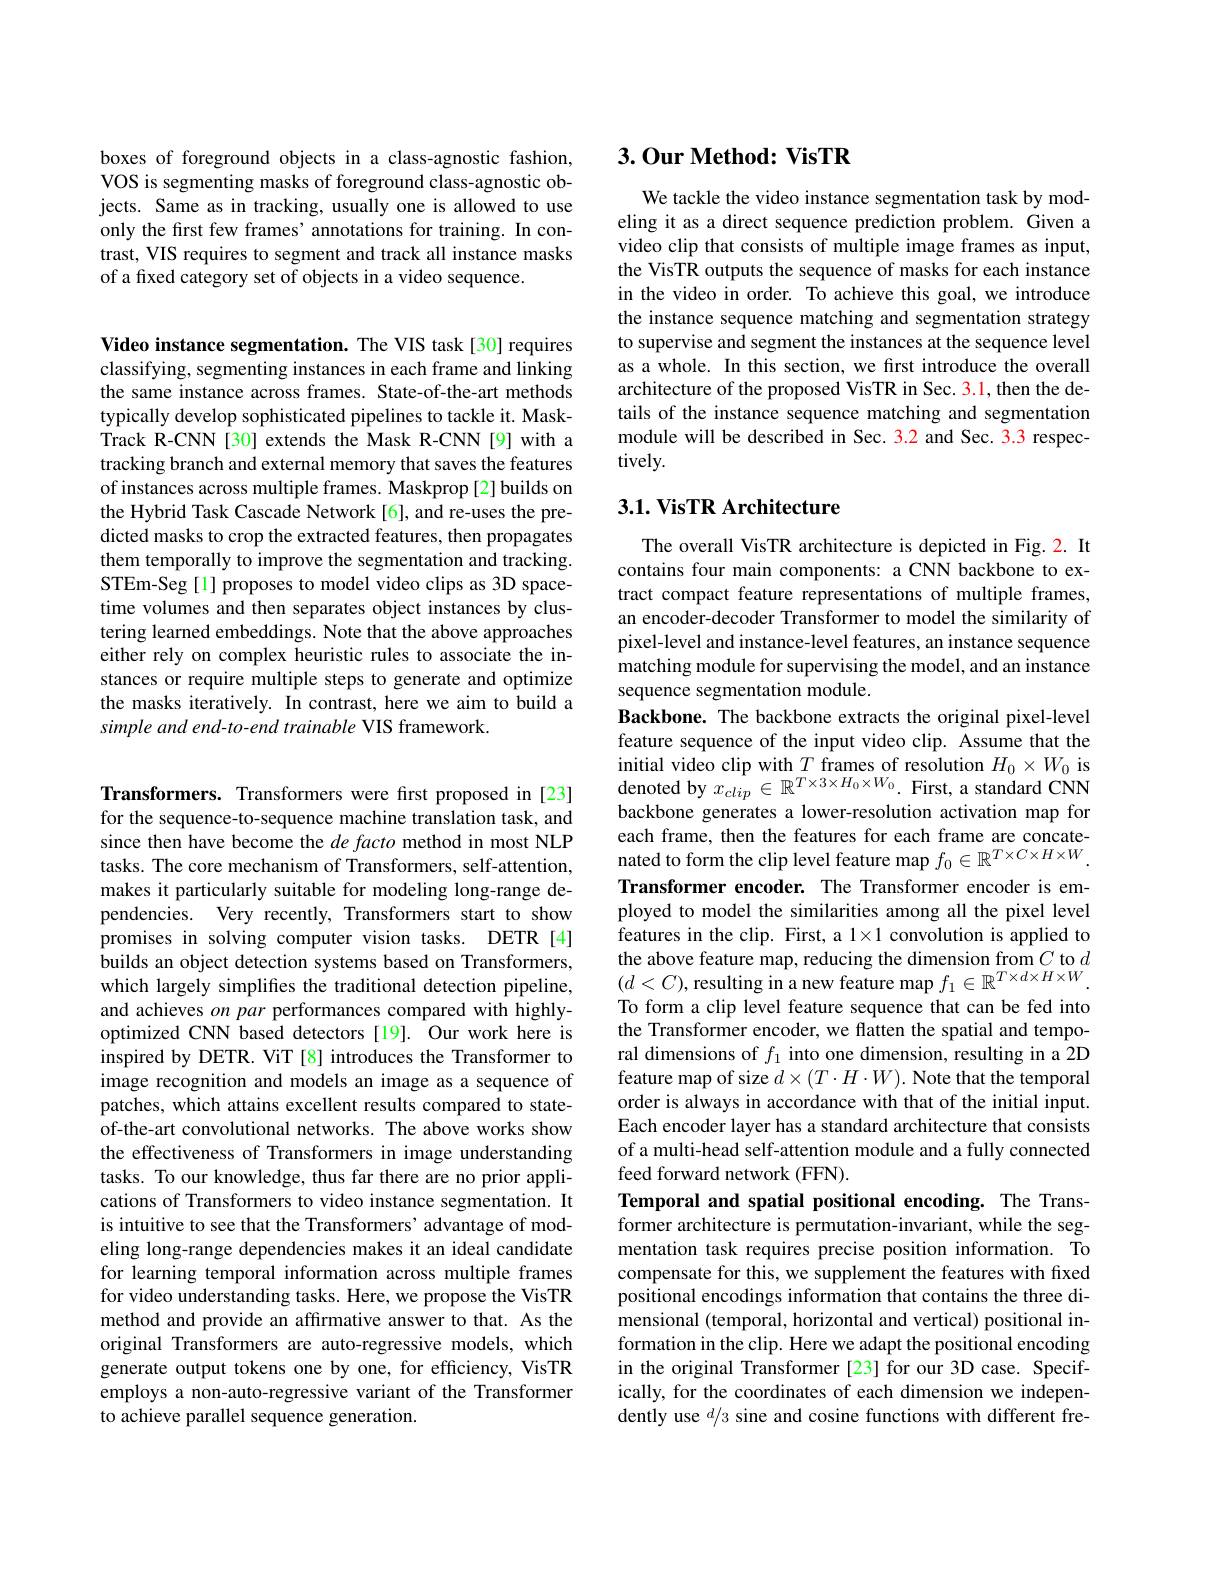
boxes of foreground objects in a class-agnostic fashion, VOS is segmenting masks of foreground class-agnostic objects. Same as in tracking, usually one is allowed to use only the first few frames' annotations for training. In contrast, VIS requires to segment and track all instance masks of a fixed category set of objects in a video sequence.

Video instance segmentation. The VIS task[30] requires classifying, segmenting instances in each frame and linking the same instance across frames. State-of-the-art methods typically develop sophisticated pipelines to tackle it. MaskTrack R-CNN [30] extends the Mask R-CNN[9] with a tracking branch and external memory that saves the features of instances across multiple frames. Maskprop[2] builds on the Hybrid Task Cascade Network [6], and re-uses the predicted masks to crop the extracted features, then propagates them temporally to improve the segmentation and tracking. STEm-Seg[1] proposes to model video clips as 3D spacetime volumes and then separates object instances by clustering learned embeddings. Note that the above approaches either rely on complex heuristic rules to associate the instances or require multiple steps to generate and optimize the masks iteratively. In contrast, here we aim to build a simple and end-to-end trainable VIS framework.

Transformers. Transformers were first proposed in [23] for the sequence-to-sequence machine translation task, and since then have become the $de\textit{facto method in most NLP}$ tasks. The core mechanism of Transformers, self-attention, makes it particularly suitable for modeling long-range dependencies. Very recently, Transformers start to show promises in solving computer vision tasks. DETR[4] builds an object detection systems based on Transformers, which largely simplifies the traditional detection pipeline, and achieves $on$ par performances compared with highlyoptimized CNN based detectors [19]. Our work here is inspired by DETR. ViT [8] introduces the Transformer to image recognition and models an image as a sequence of patches, which attains excellent results compared to stateof-the-art convolutional networks. The above works show the effectiveness of Transformers in image understanding tasks. To our knowledge, thus far there are no prior applications of Transformers to video instance segmentation. It is intuitive to see that the Transformers' advantage of modeling long-range dependencies makes it an ideal candidate for learning temporal information across multiple frames for video understanding tasks. Here, we propose the VisTR method and provide an affirmative answer to that. As the original Transformers are auto-regressive models, which generate output tokens one by one, for efficiency, VisTR employs a non-auto-regressive variant of the Transformer to achieve parallel sequence generation.

## $3. \textbf{Our Method: VisTR}$

We tackle the video instance segmentation task by modeling it as a direct sequence prediction problem. Given a video clip that consists of multiple image frames as input, the VisTR outputs the sequence of masks for each instance in the video in order. To achieve this goal, we introduce the instance sequence matching and segmentation strategy to supervise and segment the instances at the sequence level as a whole. In this section, we first introduce the overall architecture of the proposed VisTR in Sec. 3.1, then the details of the instance sequence matching and segmentation module will be described in Sec. 3.2 and Sec. 3.3 respectively.

### 3.1. VisTR Architecture

The overall VisTR architecture is depicted in Fig. 2. It contains four main components: a CNN backbone to extract compact feature representations of multiple frames, an encoder-decoder Transformer to model the similarity of pixel-level and instance-level features, an instance sequence matching module for supervising the model, and an instance sequence segmentation module.
Backbone. The backbone extracts the original pixel-level feature sequence of the input video clip. Assume that the initial video clip with $T$ frames of resolution $H_0\times W_0$ is denoted by $x_{clip}\in\mathbb{R}^{T\times3\times H_{0}\times W_{0}}.$ First, a standard CNN backbone generates a lower-resolution activation map for each frame, then the features for each frame are concatenated to form the clip level feature map $f_0\in\mathbb{R}^{T\times C\times H\times W}.$ Transformer encoder. The Transformer encoder is employed to model the similarities among all the pixel level features in the clip. First, a 1×1 convolution is applied to the above feature map, reducing the dimension from $C$ to $d$ $(d<C)$,resulting in a new feature map $f_1\in\mathbb{R}^{T\times d\times H\times W}.$ To form a clip level feature sequence that can be fed into the Transformer encoder, we flatten the spatial and temporal dimensions of $f_1$ into one dimension, resulting in a 2D feature map of size $d\times(T\cdot H\cdot W).$ Note that the temporal order is always in accordance with that of the initial input. Each encoder layer has a standard architecture that consists of a multi-head self-attention module and a fully connected feed forward network (FFN).
Temporal and spatial positional encoding. The Transformer architecture is permutation-invariant, while the segmentation task requires precise position information. To compensate for this, we supplement the features with fixed positional encodings information that contains the three dimensional (temporal, horizontal and vertical) positional information in the clip. Here we adapt the positional encoding in the original Transformer [23] for our 3D case. Specifically, for the coordinates of each dimension we independently use $^d/3$ sine and cosine functions with different fre-